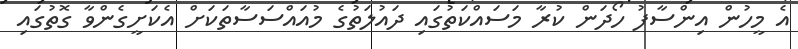
އެ މީހުން އިންސާފު ހޯދަން ކުރާ މަސައްކަތުގައި ދައުލަތުގެ މުއައްސަސާތަކަށް އެކަށީގެންވާ ގޮތުގައި